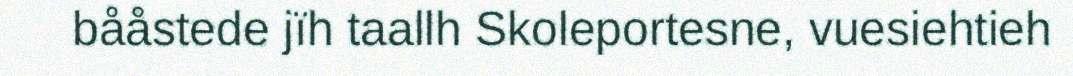
bååstede jïh taallh Skoleportesne, vuesiehtieh